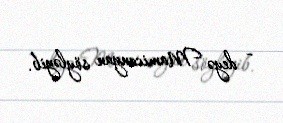
- deyə Mamicanyan söyləyib.